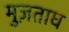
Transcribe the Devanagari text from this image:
मुज़ताघ